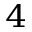
^ 4